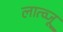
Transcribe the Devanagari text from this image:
लात्व्जू